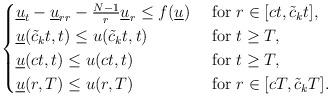
LaTeX: \begin{align*}\begin{cases}\underline u_t-\underline u_{rr}-\frac{N-1}{r}\underline u_r\leq f(\underline u) & \mbox{ for } r\in [ct, \tilde c_k t],\\\underline u(\tilde c_kt,t)\leq u(\tilde c_k t, t) &\mbox{ for } t\geq T,\\\underline u(ct,t)\leq u(c t, t) &\mbox{ for } t\geq T,\\\underline u(r, T)\leq u(r, T) &\mbox{ for } r\in [cT, \tilde c_k T].\end{cases}\end{align*}